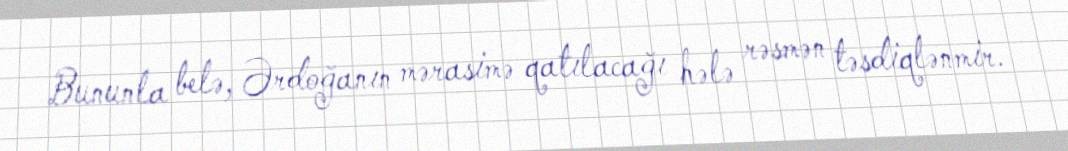
Bununla belə, Ərdoğanın mərasimə qatılacağı hələ rəsmən təsdiqlənmir.